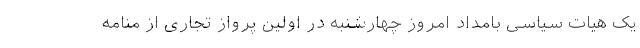
یک هیات سیاسی بامداد امروز چهارشنبه در اولین پرواز تجاری از منامه